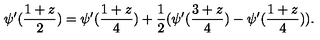
\psi ^ { \prime } ( \frac { 1 + z } { 2 } ) = \psi ^ { \prime } ( \frac { 1 + z } { 4 } ) + \frac { 1 } { 2 } ( \psi ^ { \prime } ( \frac { 3 + z } { 4 } ) - \psi ^ { \prime } ( \frac { 1 + z } { 4 } ) ) .